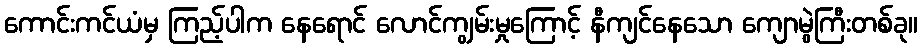
ကောင်းကင်ယံမှ ကြည့်ပါက နေရောင် လောင်ကျွမ်းမှုကြောင့် နီကျင်နေသော ကျောမွဲကြီးတစ်ခု။